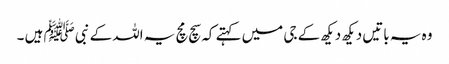
وہ یہ باتیں دیکھ دیکھ کے جی میں کہتے کہ سچ مچ یہ اللہ کے نبی ﷺ ہیں ۔